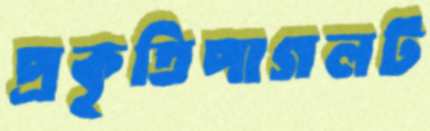
প্রকৃতিপাগলট